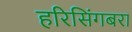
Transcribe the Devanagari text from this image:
हरिसिंगबरा